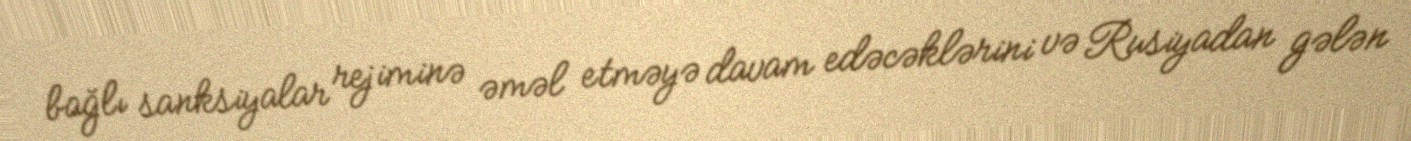
bağlı sanksiyalar rejiminə əməl etməyə davam edəcəklərini və Rusiyadan gələn